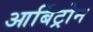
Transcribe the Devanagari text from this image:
आर्बिट्रोन